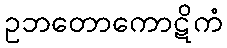
ဥဘတောကောဋိကံ